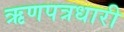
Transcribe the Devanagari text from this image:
ऋणपत्रधारी